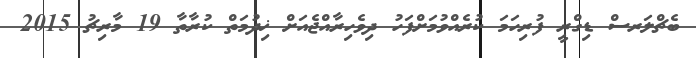
ބެޗްލަރސް ޑިގްރީ ފުރިހަމަ ކުރެއްވުމަށްފަހު ދިވެހިރާއްޖެއަށް ޚިދުމަތް ކުރާތާ 19 މާރިޗު 2015